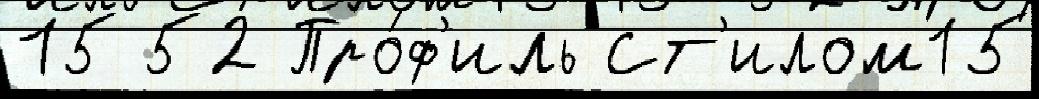
15 52 Про́ф'иль Ст'илом15